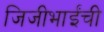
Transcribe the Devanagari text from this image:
जिजीभाईंची